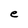
Character: e